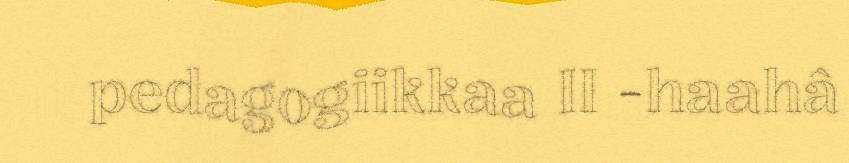
pedagogiikkaa II -haahâ